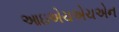
આઇએચએચએન